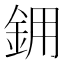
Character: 𬫉